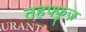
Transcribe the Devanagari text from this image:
तहफ्फुज़